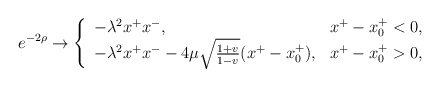
\begin{align*}e^{-2\rho} \rightarrow \left\{\begin{array}{ll} -\lambda^2 x^+x^-, & x^+-x_0^+<0, \\ -\lambda^2 x^+x^- - 4\mu \sqrt{\frac{1+v}{1-v}} (x^+ -x_0^+), & x^+-x_0^+>0,\end{array} \right.\end{align*}